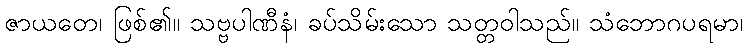
ဇာယတေ၊ ဖြစ်၏။ သဗ္ဗပါဏီနံ၊ ခပ်သိမ်းသော သတ္တဝါသည်။ သံဘောဂပရမာ၊